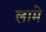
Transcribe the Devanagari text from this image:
लामे